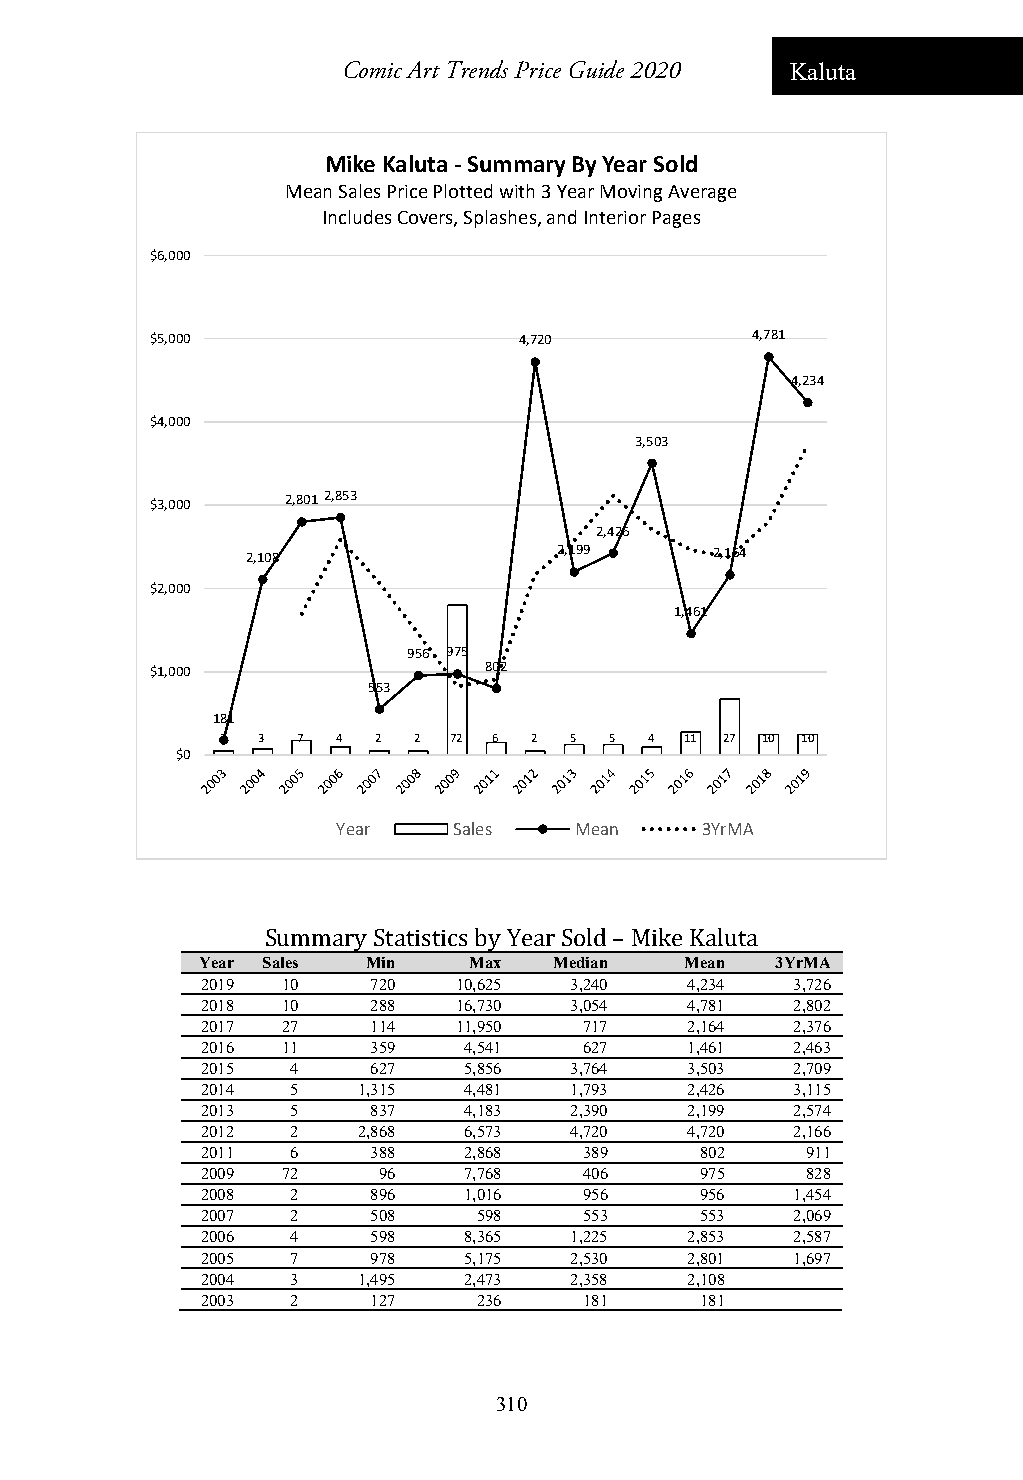
Comic Art Trends Price Guide 2020 Kaluta
 Mike Kaluta ‐Summary By Year Sold
 Mean Sales Price Plotted with 3 Year Moving Average
 Includes Covers, Splashes, and Interior Pages
 $6,000
 $5,000                  4,720           4,781
 4,234
 $4,000
 3,503
 $3,000
 2,8012,853
 2,426
 2,108                2,199     2,164
 $2,000
 1,461
 956 975
 $1,000                802
 553
 181
 2 3  7 4  2 2  72 6 2  5 5  4 11 27 10 10
 $0
 Year    Sales   Mean    3YrMA
 Summary Statistics by Year Sold – Mike Kaluta
 Year Sales Min    Max   Median  Mean  3YrMA
 2019  10    720  10,625  3,240  4,234   3,726
 2018  10    288  16,730  3,054  4,781   2,802
 2017  27    114  11,950   717   2,164   2,376
 2016  11    359   4,541   627   1,461   2,463
 2015  4     627   5,856  3,764  3,503   2,709
 2014  5    1,315  4,481  1,793  2,426   3,115
 2013  5     837   4,183  2,390  2,199   2,574
 2012  2    2,868  6,573  4,720  4,720   2,166
 2011  6     388   2,868   389    802    911
 2009  72    96    7,768   406    975    828
 2008  2     896   1,016   956    956    1,454
 2007  2     508    598    553    553    2,069
 2006  4     598   8,365  1,225  2,853   2,587
 2005  7     978   5,175  2,530  2,801   1,697
 2004  3    1,495  2,473  2,358  2,108
 2003  2     127    236    181    181
 310